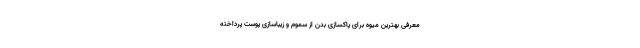
معرفی بهترین میوه برای پاکسازی بدن از سموم و زیباسازی پوست پرداخته